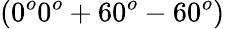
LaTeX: (0^{o}0^{o}+60^{o}-60^{o})